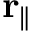
\mathbf { r } _ { \parallel }